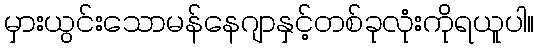
မှားယွင်းသောမန်နေဂျာနှင့်တစ်ခုလုံးကိုရယူပါ။